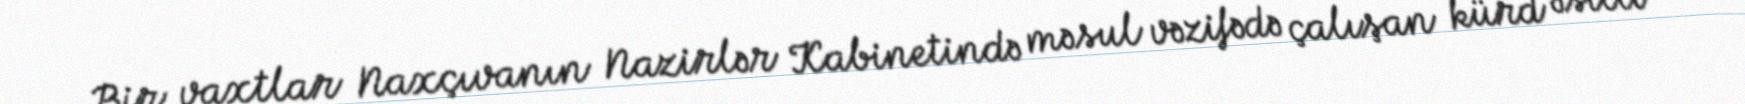
Bir vaxtlar Naxçıvanın Nazirlər Kabinetində məsul vəzifədə çalışan kürd əsilli